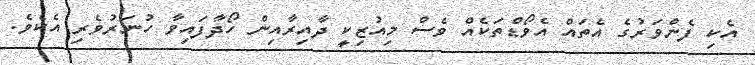
އެކި ފެންވަރުގެ އެތައް އެވޯޑްތަކެއް ވެސް މިއުޒިކީ ދާއިރާއިން ހޯދާފައިވާ ހުނަރުވެރި އެކެވެ.